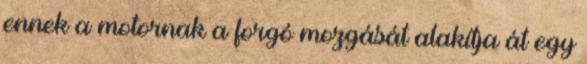
ennek a motornak a forgó mozgását alakítja át egy